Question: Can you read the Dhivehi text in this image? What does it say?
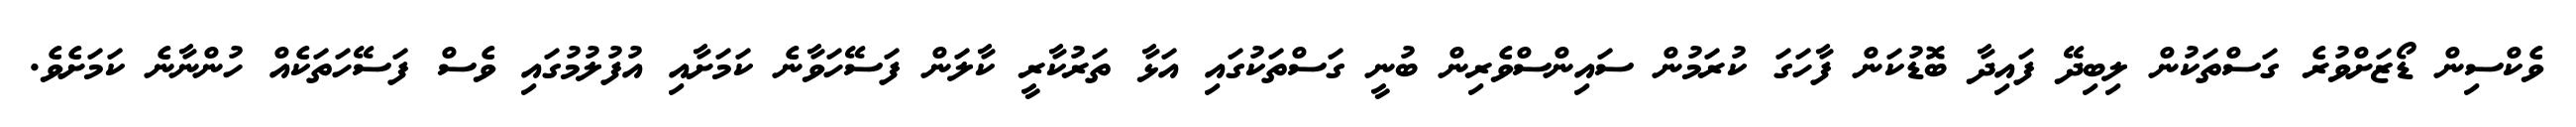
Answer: ވެކްސިން ޑޯޒަށްވުރެ ގަސްތަކުން ލިބިދޭ ފައިދާ ބޮޑުކަން ފާހަގަ ކުރަމުން ސައިންސްވެރިން ބުނީ ގަސްތަކުގައި އަޅާ ތަރުކާރީ ކާލަން ފަސޭހަވާނެ ކަމަށާއި އުފުލުމުގައި ވެސް ފަސޭހަތަކެއް ހުންނާނެ ކަމަށެވެ.